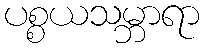
ပစ္စယသမ္ဘာရာ